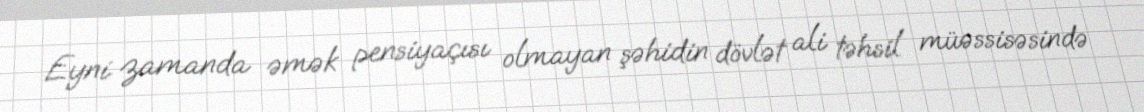
Eyni zamanda əmək pensiyaçısı olmayan şəhidin dövlət ali təhsil müəssisəsində